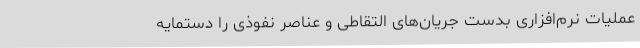
عملیات نرم‌افزاری بدست جریان‌های التقاطی و عناصر نفوذی را دستمایه